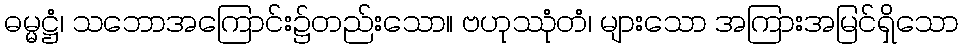
ဓမ္မဋ္ဌံ၊ သဘောအကြောင်း၌တည်းသော။ ဗဟုဿုံတံ၊ များသော အကြားအမြင်ရှိသော